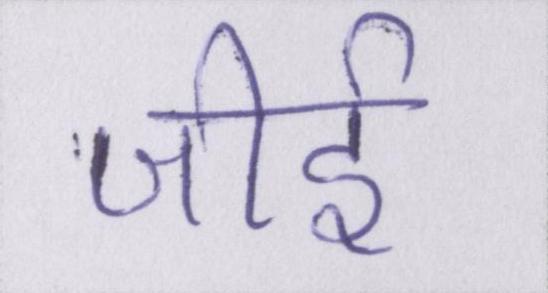
जीर्इ